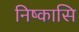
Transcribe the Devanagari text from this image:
निष्कासि